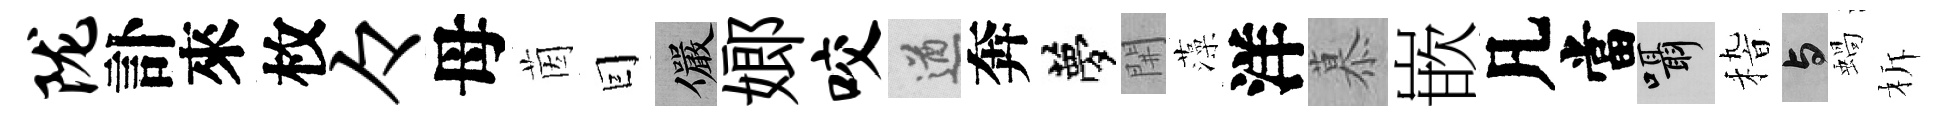
陇訃來枚々母茵囙儼嫏咬遒奔夢𨳩藻洋慕嵌凡當囁𥟵与蝸柝